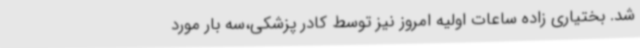
شد. بختیاری زاده ساعات اولیه امروز نیز توسط کادر پزشکی،سه بار مورد